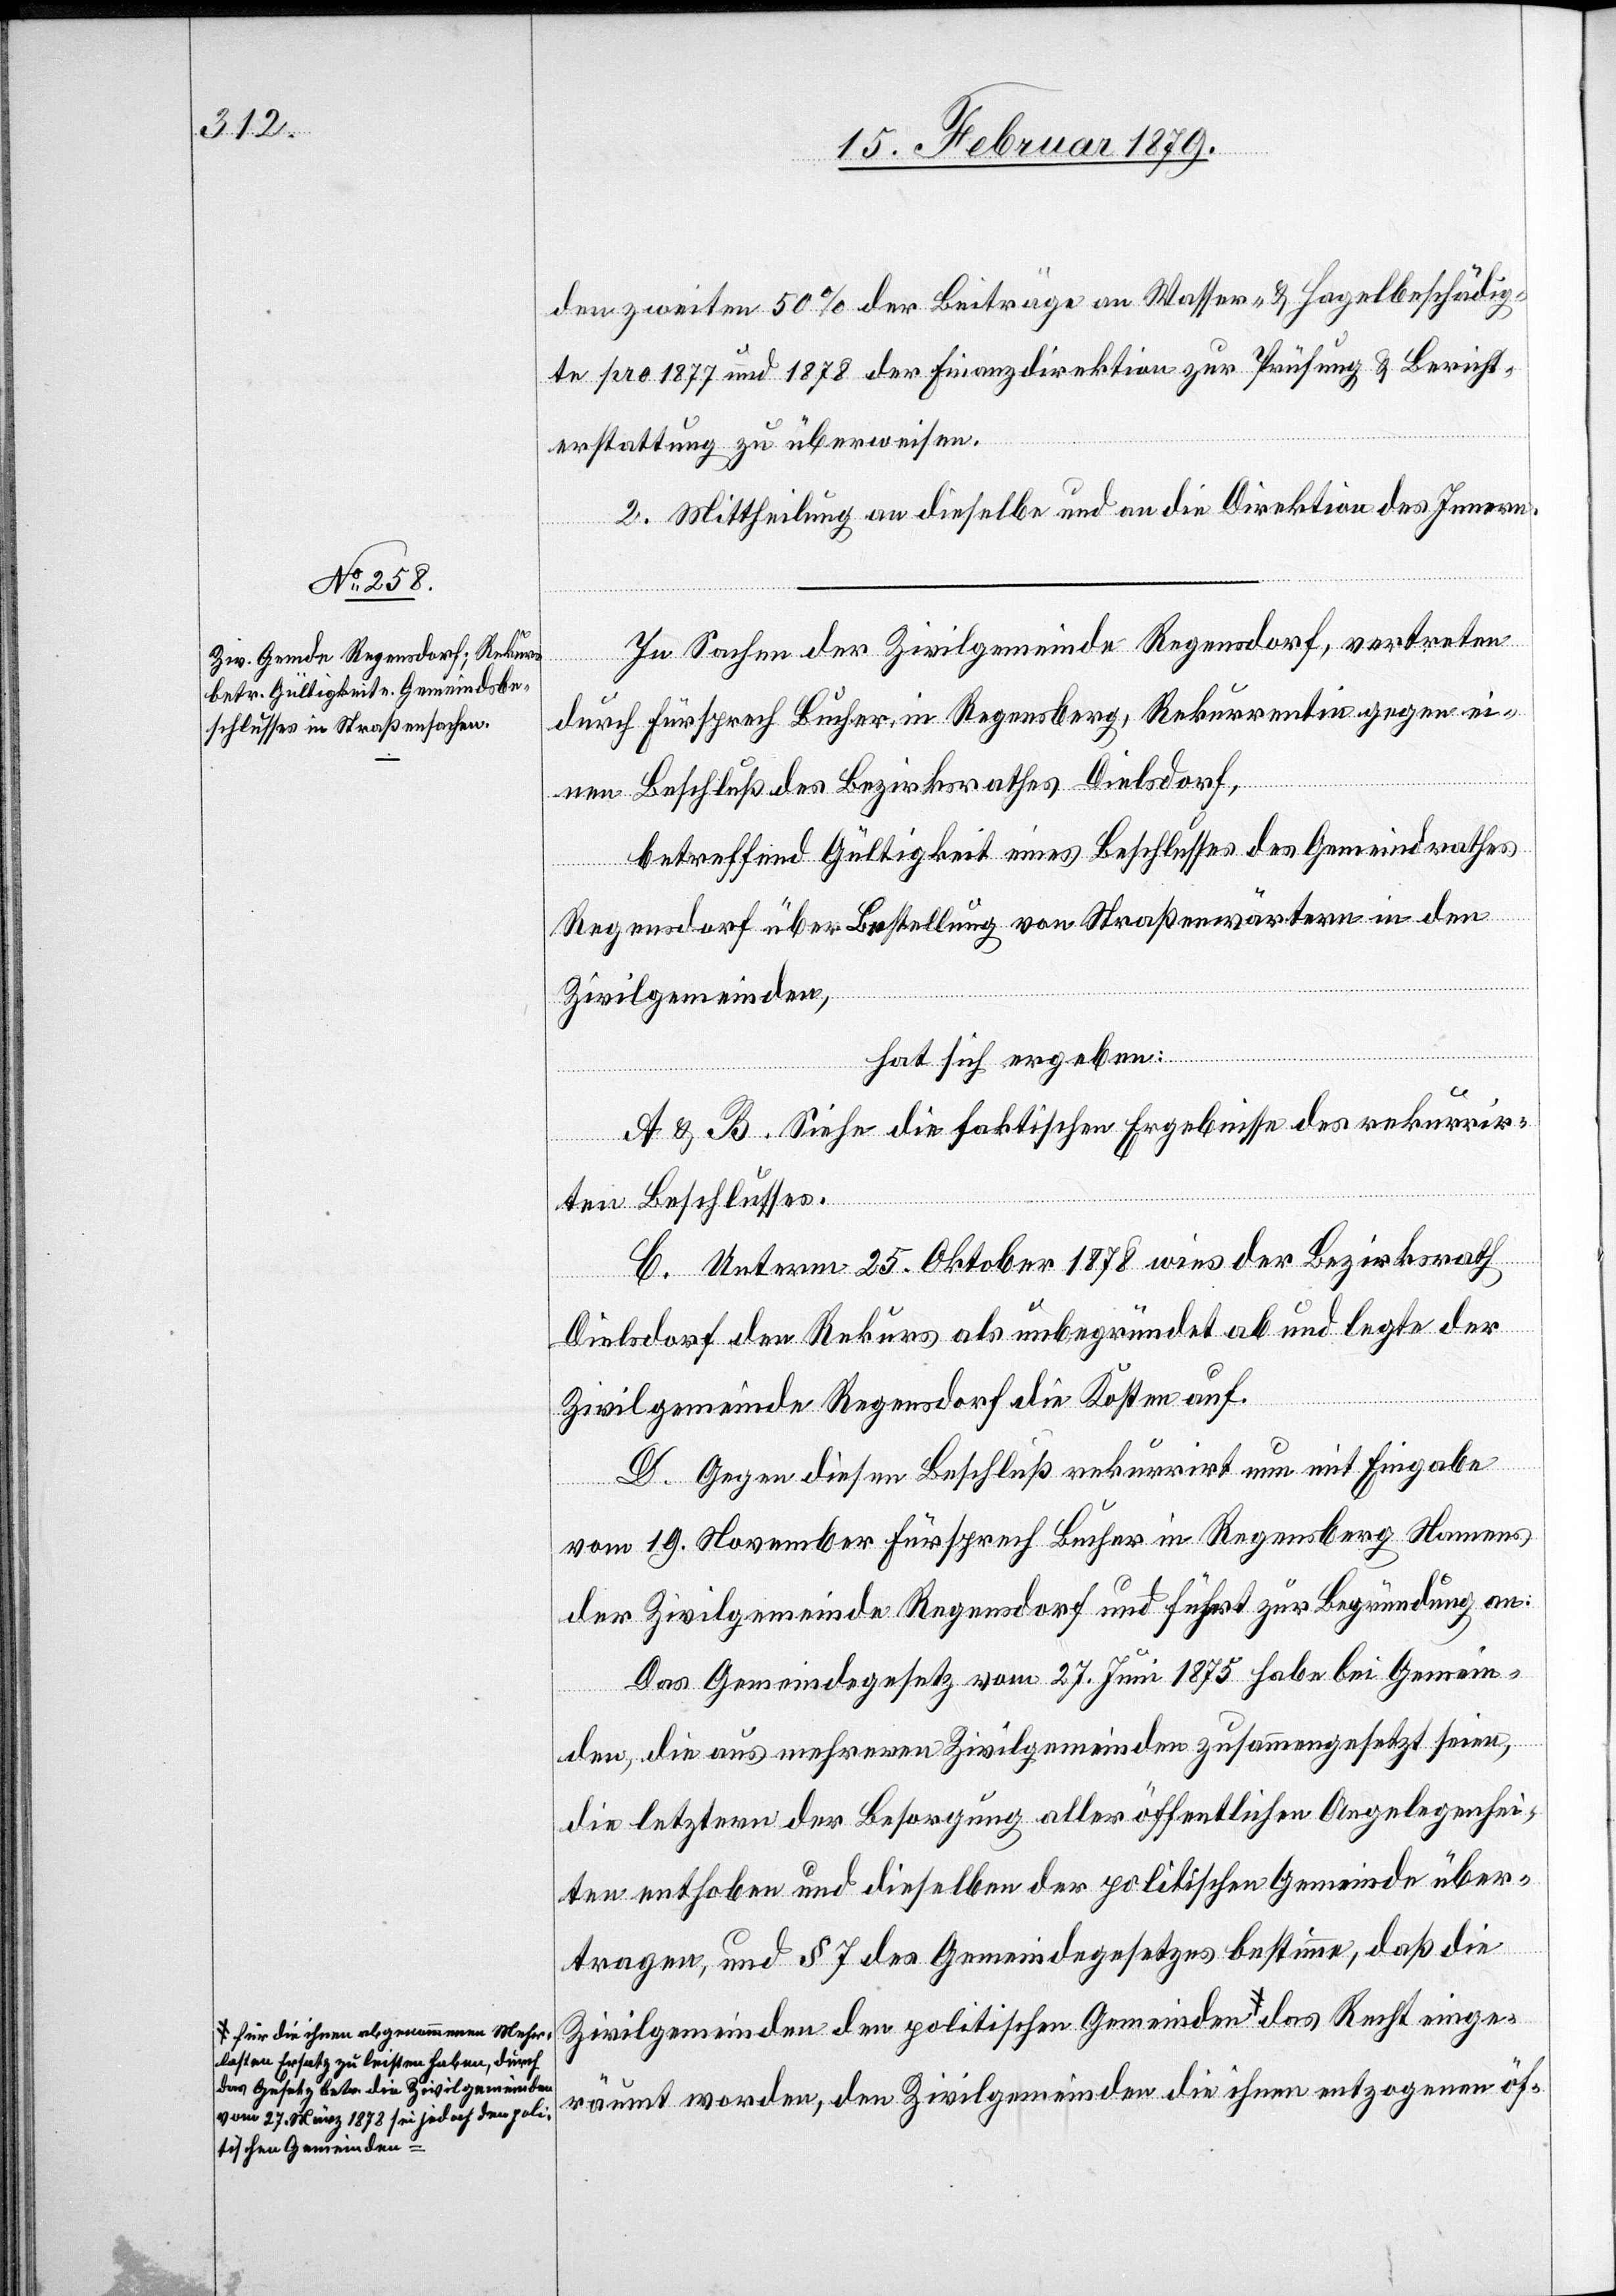
den zweiten 50% der Beiträge an Wasser- & Hagelbeschädig¬
te pro 1877 und 1878 der Finanzdirektion zur Prüfung & Bericht¬
erstattung zu überweisen.
2. Mittheilung an dieselbe und an die Direktion des Innern.